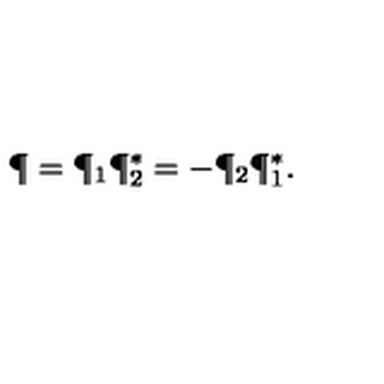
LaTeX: \P = \P _ { 1 } \P _ { 2 } ^ { * } = - \P _ { 2 } \P _ { 1 } ^ { * } .